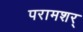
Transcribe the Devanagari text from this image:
परामशर्